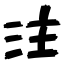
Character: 注